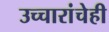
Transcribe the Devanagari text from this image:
उच्चारांचेही